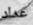
عداد